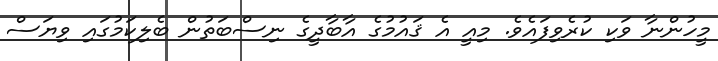
މީހުންނާ ވަކި ކުރެވިފައެވެ. މިއީ އެ ޤައުމުގެ އާބާދީގެ ނިސްބަތުން ބެލިކަމުގައި ވިޔަސް